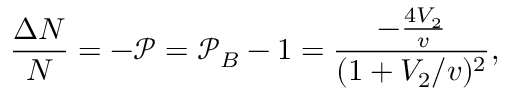
\frac { \Delta N } { N } = - \mathcal { P } = \mathcal { P } _ { B } - 1 = \frac { - \frac { 4 V _ { 2 } } { v } } { ( 1 + V _ { 2 } / v ) ^ { 2 } } ,